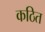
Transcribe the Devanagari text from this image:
कठित